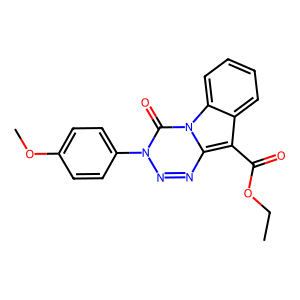
SMILES: CCOC(=O)c1c2ccccc2n2c(=O)n(-c3ccc(OC)cc3)nnc12
Inhibits HIV replication: Yes